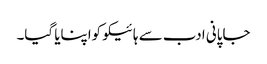
جاپانی ادب سے ہائیکو کواپنایا گیا۔